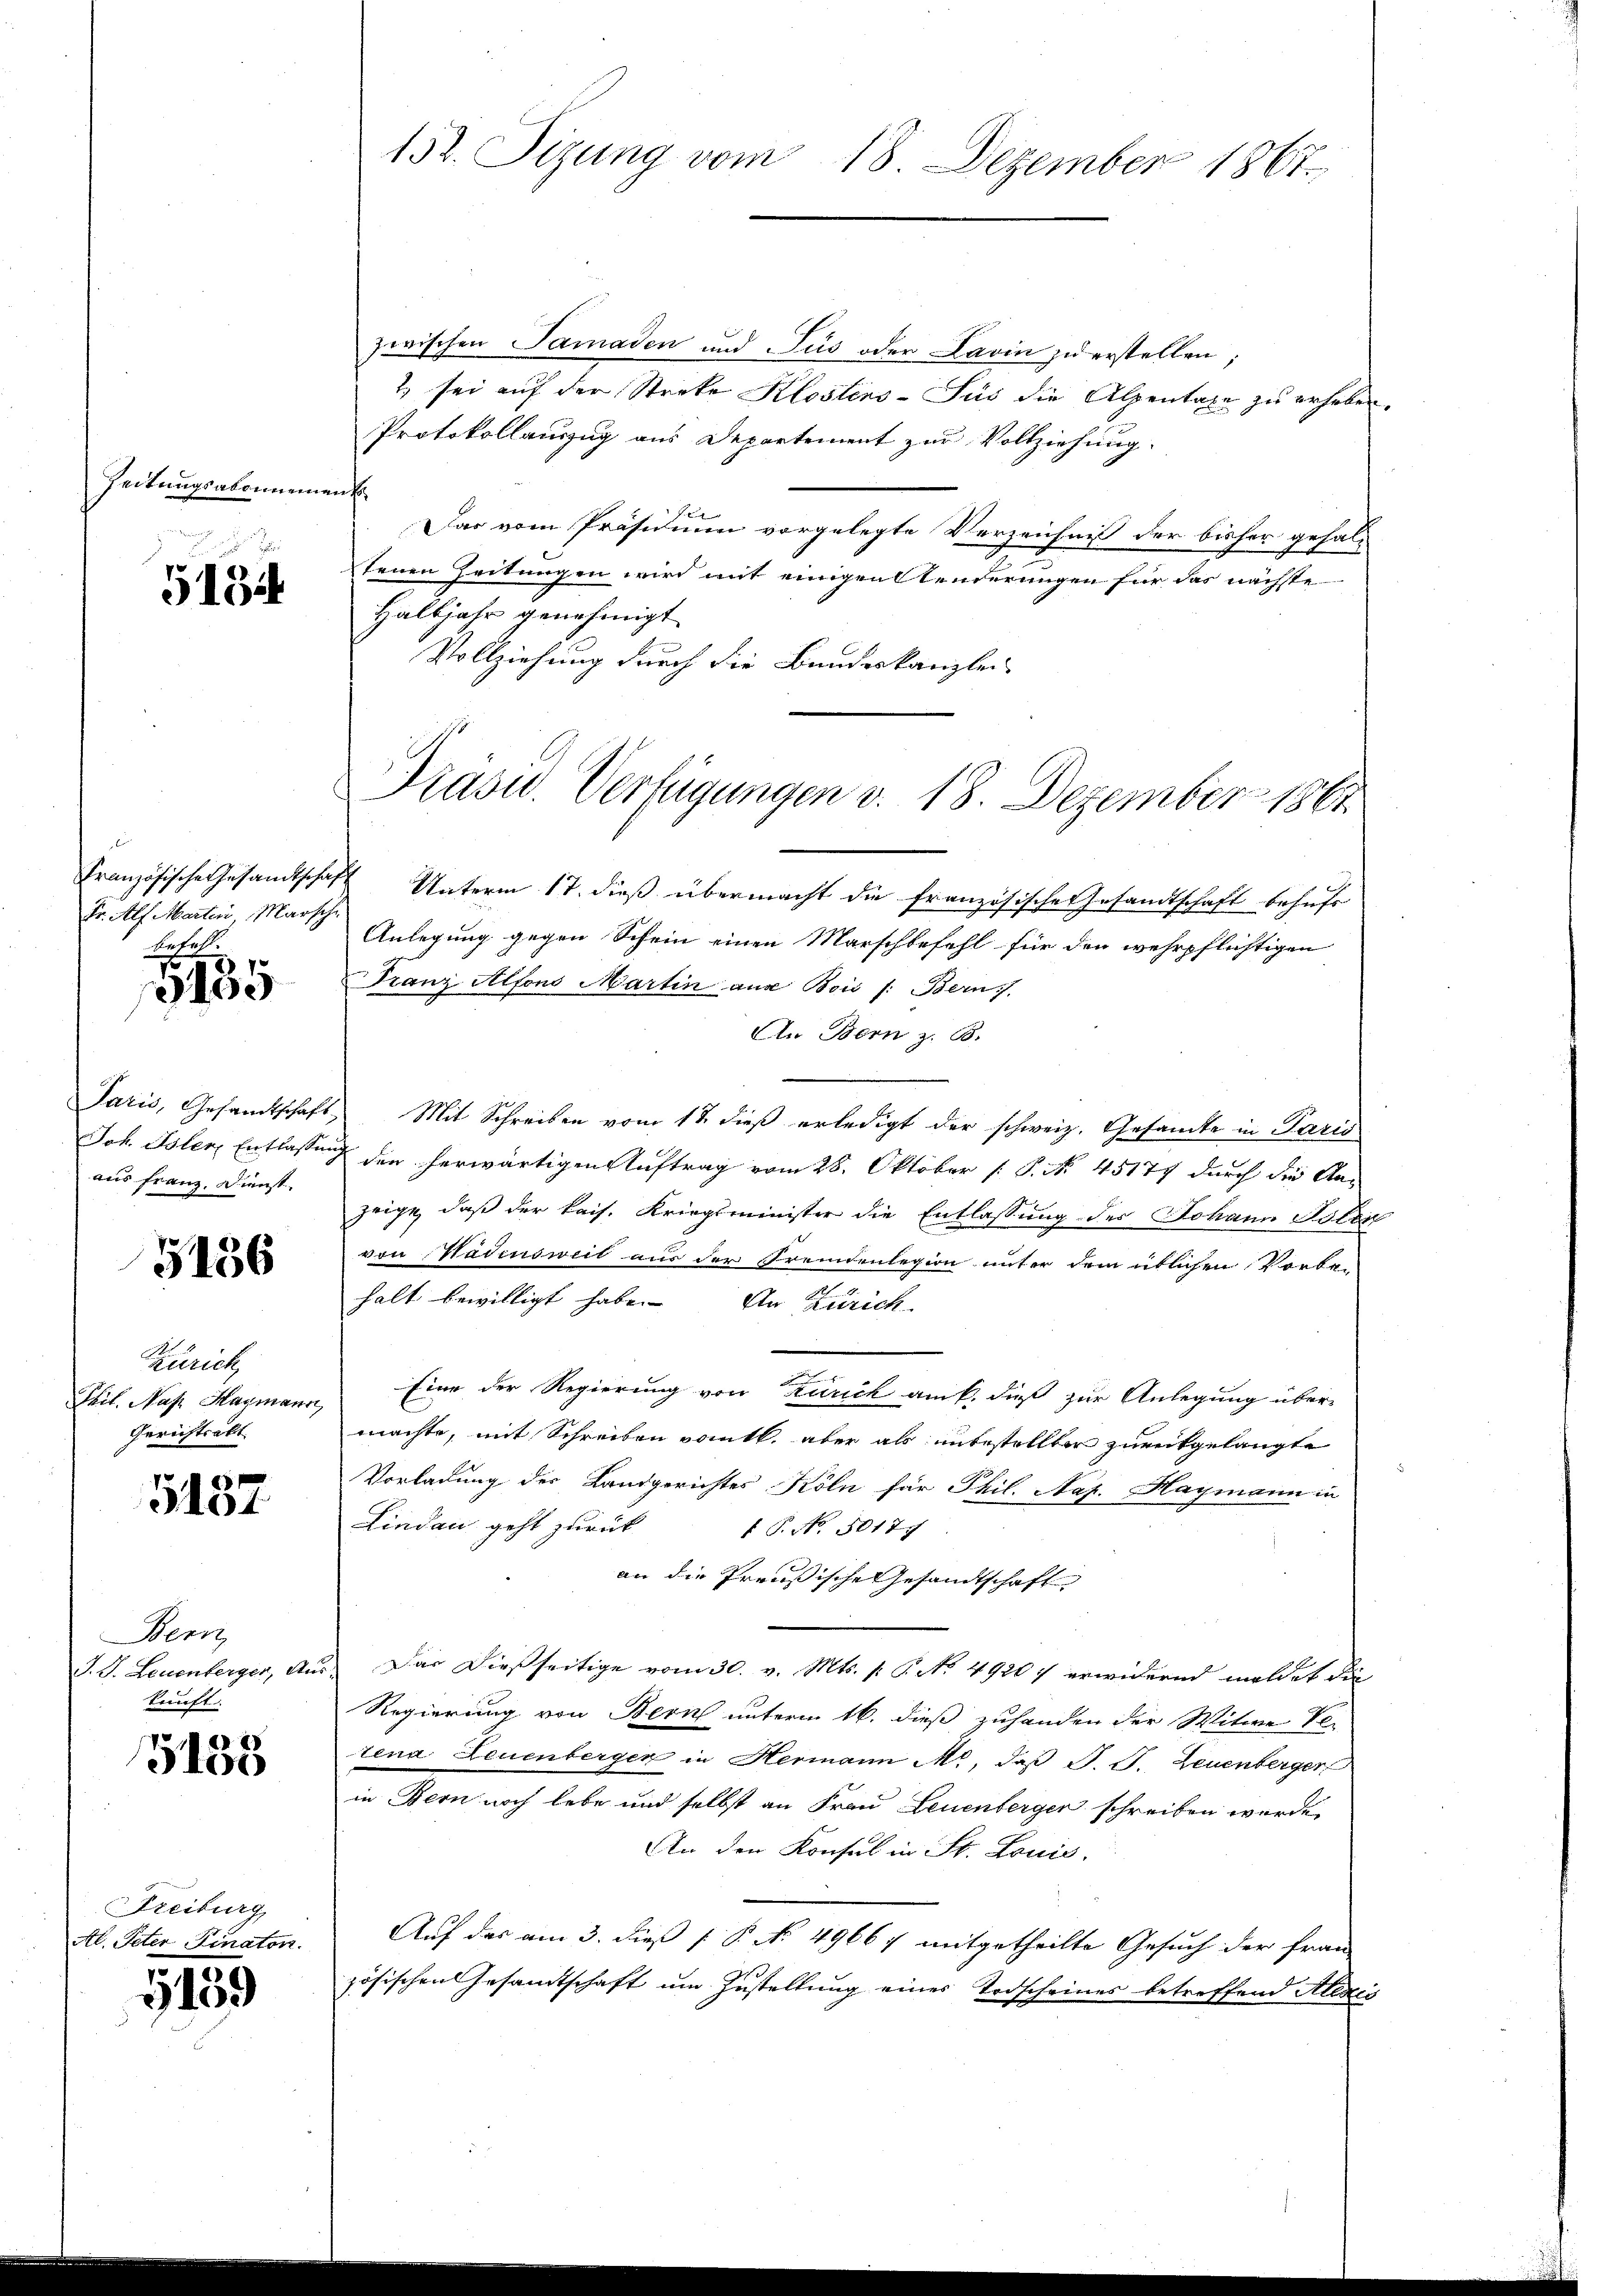
Zeitungsabonnemen

5134

Französische Gesandtschaf
Fr. Alf Martin Marsch
bühel

3135

Paris, Gesandtschaft
Joh. Isler Entlassen
aus Franz. Dienst.

3156

Zürich
Teil. Nase Hagmann,
Gerichtsakt

5487

Wenz
T. S. Leuenberger, An
kunft.

5155

Freiburg,
Al. Peter Finator.

G159

152. Sizung vom 18. Dezember 1867.

zwischen Samaden und Jus oder Lavin zu erstellen
2 sei auf der Streke Klostens-Sus die Alpentaxe zu erheben.
Protokollauszug aus Departement zur Vollziehung.
f
Das vom Präsidium vorgelegte Verzeichnis der bisher gehaltenen Zeitungen wird mit einigen Aenderungen für das nächste
Halbjahr genehmigt
Vollziehung durch die Bundeskanzlei
 Unterm 17. dieß übermacht die französische Gesandtschaft behufs
Anlegung gegen Schein einen Marschbefehl für den wehrpflichtigen
Franz Alfons Martin aus Bois /: Bern)
An Bern z. B.
Mit Schreiben vom 12. dieß erledigt der schweiz. Gesamte in Paris
den herwärtigen Auftrag vom 28. Oktober [ P. No. 45177 durch die An-
zeige, daß der kais. Kriegsminister die Entlassung des Johann Polen
von Hadensweil aus der Fremdenlegion unter dem üblichen Vorbe-
halt bewilligt habe. An Zürich
Eine der Regierung von Zürich am 6. dieß zur Anlegung über-
machte, mit Schreiben vomtl. aber als unbestellter zurükgelangte
Vorladung der Landgerichtes Köln für Phil. Nap. Hagmann in
Lindau geht zurück
 P. No. 5017.
an die Preussische Gesandtschaft
Das dießseitige vom 30. v. Mts. p. P. No 49207 erwidernd meldet die
Regierung von Bern unterm 16. dieß zuhanden der Witwe Se-
tena Leuenberger in Hermann M., daß P. J. Leuenberger
in Bern noch lebe und selbst an Frau Leuenberger schreiben werde
An den Konsul in St. Louis.
Auf das am 3. dieß [ P. No. 49667 mitgetheilte Gesuch der Frau
zösischen Gesamtschaft um Zustellung eines Todscheines betreffend Alexes

Präsid.. Verfügungen v. 18. Dezember 1861